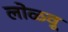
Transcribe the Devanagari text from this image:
लोळवू